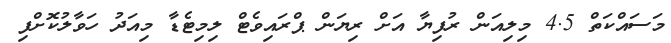
މަސައްކަތް 4.5 މިލިއަން ރުފިޔާ އަށް ރިޔަން ޕްރައިވެޓް ލިމިޓެޑާ މިއަދު ހަވާލުކޮށްފި